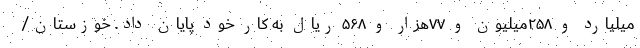
میلیارد و ۲۵۸میلیون و ۷۷هزار و ۵۶۸ ریال به کار خود پایان داد. خوزستان/